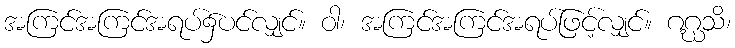
အကြင်အကြင်အရပ်၌ပင်လျှင်။ ဝါ၊ အကြင်အကြင်အရပ်ဖြင့်လျှင်။ ဂဂ္ဃသိ၊